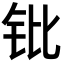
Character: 𬬫